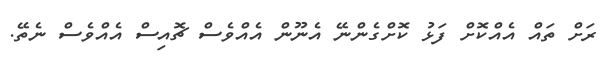
ރަށް ތައް އެއްކޮށް ފަޅު ކޮށްގެންނޭ އެނޫން އެއްވެސް ޗޮއިސް އެއްވެސް ނެތޭ.